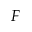
F